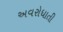
અવરોધાતી